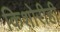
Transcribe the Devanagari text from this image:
किशोरीही